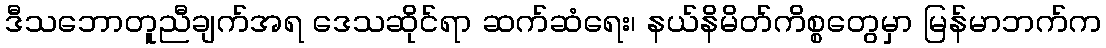
ဒီသဘောတူညီချက်အရ ဒေသဆိုင်ရာ ဆက်ဆံရေး၊ နယ်နိမိတ်ကိစ္စတွေမှာ မြန်မာဘက်က